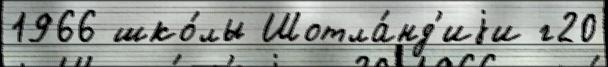
1966 шко́лы Шотла́нд'иjи г20